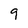
Character: 9